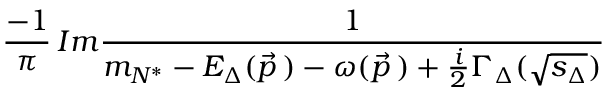
\frac { - 1 } { \pi } \, I m \frac { 1 } { m _ { N ^ { * } } - E _ { \Delta } ( \vec { p } \, ) - \omega ( \vec { p } \, ) + \frac { i } { 2 } \Gamma _ { \Delta } ( \sqrt { s _ { \Delta } } ) }